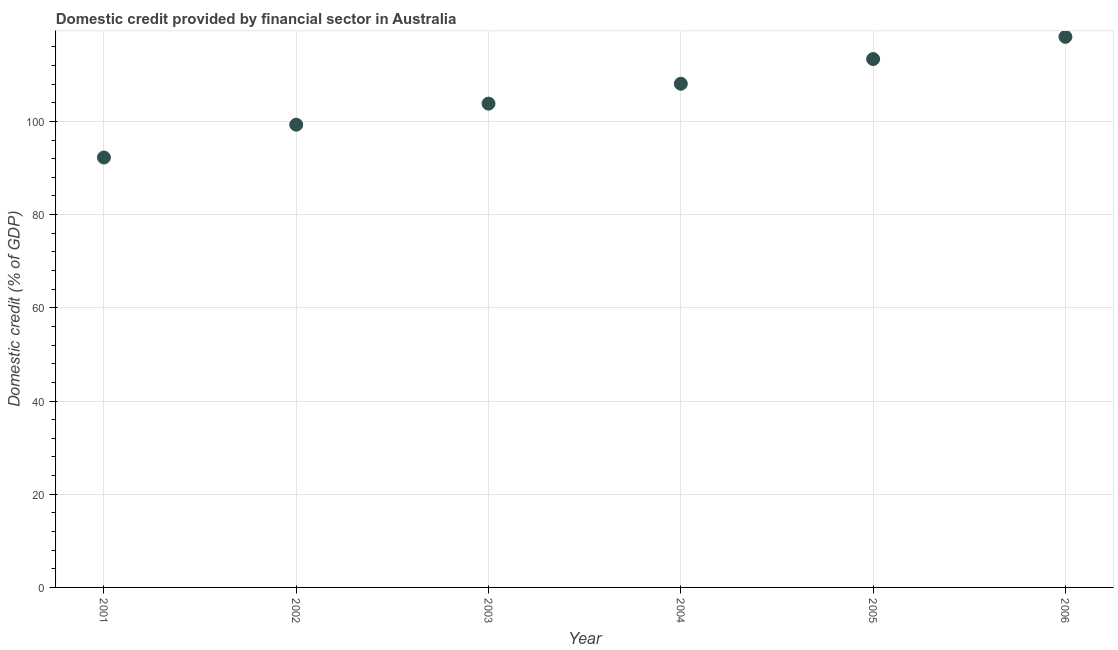
| Year | Domestic credit provided by financial sector |
 | --- | --- |
 | 2001 | 92.3 |
 | 2002 | 99.3 |
 | 2003 | 104 |
 | 2004 | 108 |
 | 2005 | 113 |
 | 2006 | 118 |